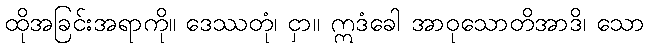
ထိုအခြင်းအရာကို။ ဒေဿတုံ၊ ငှာ။ ဣဒံခေါ အာဝုသောတိအာဒိ၊ သော